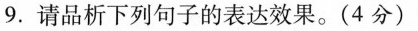
9.请品析下列句子的表达效果。( 4 分 )